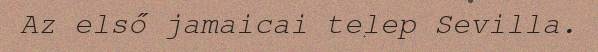
Az első jamaicai telep Sevilla.